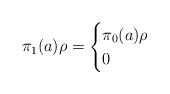
LaTeX: \begin{align*}\pi_1(a) \rho = \begin{cases} \pi_0(a)\rho & \\ 0 & \end{cases}\end{align*}